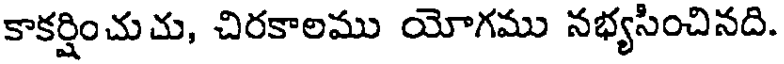
కాకర్షించుచు, చిరకాలము యోగము నభ్యసించినది.